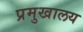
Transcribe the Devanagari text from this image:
प्रमुखालय